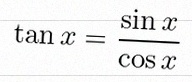
\tan x=\frac{\sin x}{\cos x}